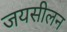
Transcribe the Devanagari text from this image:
जयसीलन